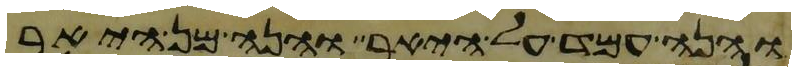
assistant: והנה עמד על היאר והנה מן היאר